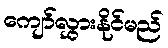
ကျော်လွှားနိုင်မည်